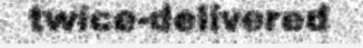
twice-delivered